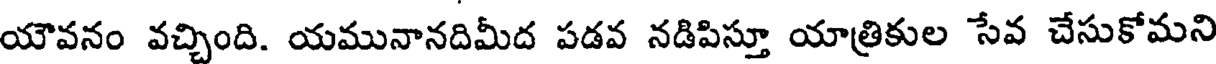
యౌవనం వచ్చింది. యమునానదిమీద పడవ నడిపిస్తూ యాత్రికుల సేవ చేసుకోమని